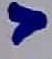
Text: 7